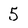
Character: 5